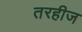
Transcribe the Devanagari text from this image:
तरहीज